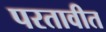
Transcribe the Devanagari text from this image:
परतावीत